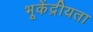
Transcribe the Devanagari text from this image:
भूकेंद्रीयता